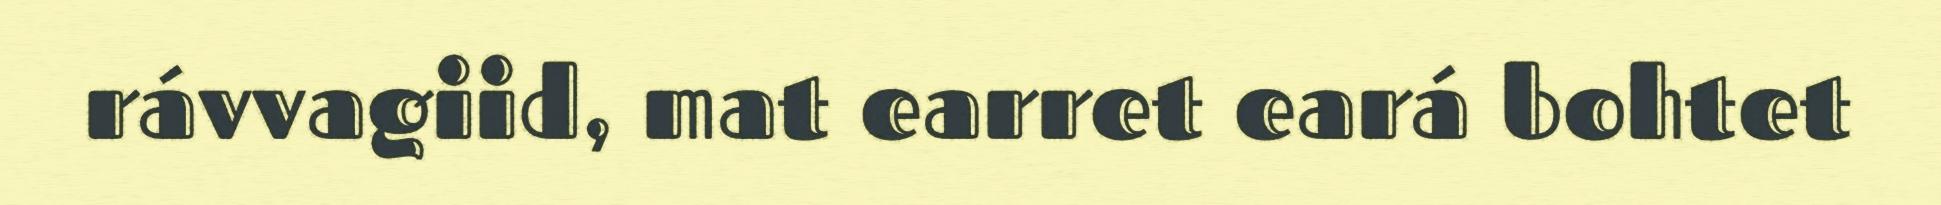
rávvagiid, mat earret eará bohtet